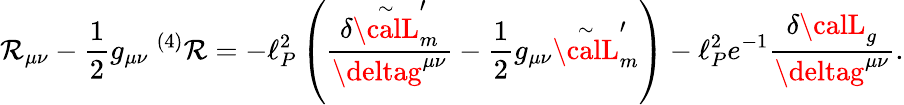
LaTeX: \mathcal{R}_{\mu\nu}-{\frac{{1}}{{2}}}g_{\mu\nu}~^{(4)}\mathcal{R}=-\ell_{P}^{2}\left(\frac{{\delta\stackrel{\sim}{\calL}_{m}^{\prime}}}{{\deltag^{\mu\nu}}}-{\frac{{1}}{{2}}}g_{\mu\nu}\stackrel{\sim}{\calL}_{m}^{\prime}\right)-\ell_{P}^{2}e^{-1}\frac{{\delta{\calL}_{g}}}{{\deltag^{\mu\nu}}}.